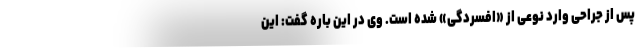
پس از جراحی وارد نوعی از «افسردگی» شده است. وی در این باره گفت: این